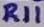
Text: R11